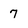
Character: 7